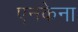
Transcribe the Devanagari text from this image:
एनकेना